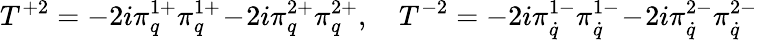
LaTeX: T^{+2}=-2i\pi_{q}^{1+}\pi_{q}^{1+}\! -\! 2i\pi_{q}^{2+}\pi_{q}^{2+},\quad T^{-2}=-2i\pi_{\dot{q}}^{1-}\pi_{\dot{q}}^{1-}\! -\! 2i\pi_{\dot{q}}^{2-}\pi_{\dot{q}}^{2-}